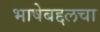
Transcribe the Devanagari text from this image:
भाषेबद्दलचा